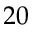
2 0